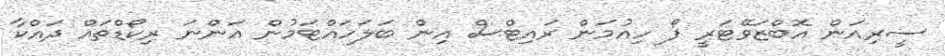
ސީރިއަން އޮބްޒަވޭޓަރީ ފޯ ހިއުމަން ރައިޓްސް އިން ބަލަހައްޓަމުން އަންނަ ރިކޯޑްތައް ދައްކާ